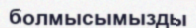
болмысымызды